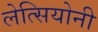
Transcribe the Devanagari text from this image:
लेत्सियोनी